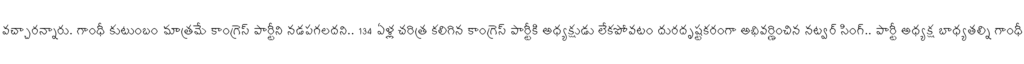
వచ్చారన్నారు. గాంధీ కుటుంబం మాత్రమే కాంగ్రెస్ పార్టీని నడపగలదని.. 134 ఏళ్ల చరిత్ర కలిగిన కాంగ్రెస్ పార్టీకి అధ్యక్షుడు లేకపోవటం దురదృష్టకరంగా అభివర్ణించిన నట్వర్ సింగ్.. పార్టీ అధ్యక్ష బాధ్యతల్ని గాంధీ